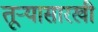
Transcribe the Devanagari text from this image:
तूऱ्यासारखी